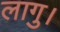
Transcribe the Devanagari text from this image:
लागु।